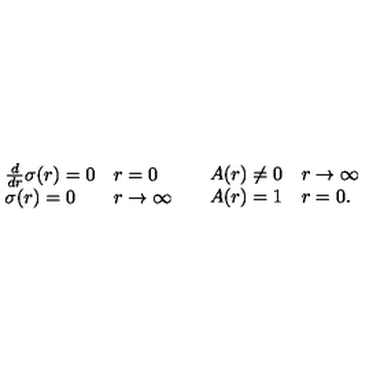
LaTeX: \begin{array} { l l } { \begin{array} { l l } { \frac { d } { d r } \sigma ( r ) = 0 } & { r = 0 } \\ { \sigma ( r ) = 0 } & { r \rightarrow \infty } \\ \end{array} } & { \begin{array} { l l } { A ( r ) \neq 0 } & { r \rightarrow \infty } \\ { A ( r ) = 1 } & { r = 0 . } \\ \end{array} } \\ \end{array}